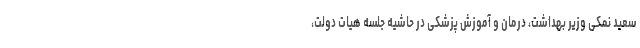
سعید نمکی وزیر بهداشت، درمان و آموزش پزشکی در حاشیه جلسه هیات دولت،